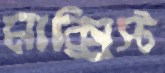
মাক্সিস্ট